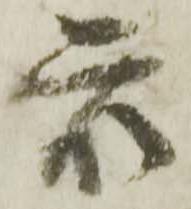
衆